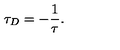
\tau _ { D } = - { \frac { 1 } { \tau } } .